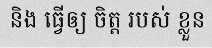
និង ធ្វើឲ្យ ចិត្ត របស់ ខ្លួន